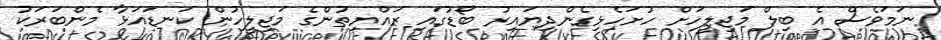
ނަމަވެސް އެ ބިލް މަޖިލީހަށް ހުށަހެޅިގެންދިޔައިރު ބޯޑުގައި ރައްޔިތުންގެ މަޖިލީހުން ކަނޑައަޅާ މެންބަރަކު